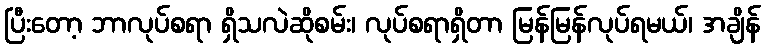
ပြီးတော့ ဘာလုပ်စရာ ရှိသလဲဆိုစမ်း၊ လုပ်စရာရှိတာ မြန်မြန်လုပ်ရမယ်၊ အချိန်